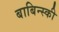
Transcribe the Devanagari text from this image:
बाबिन्स्की